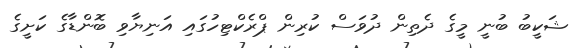
ޝަކީބު ބުނީ މީގެ ދެތިން ދުވަސް ކުރިން ޕްރެކްޓިހުގައި އަނިޔާވި ބޮންޑާގެ ކަށީގެ